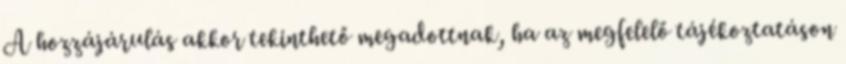
A hozzájárulás akkor tekinthető megadottnak, ha az megfelelő tájékoztatáson